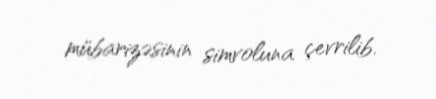
mübarizəsinin simvoluna çevrilib.